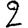
Digit: 2